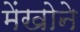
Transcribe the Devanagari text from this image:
मेंखोने